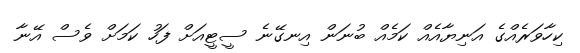
ކިހާވަރެއްގެ އަނިޔާއެއް ކަމެއް ބުނަން އިނގޭނެ ސީޓީއަށް ފަހު ކަމަށް ވެސް އޭނާ